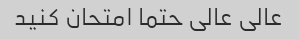
عالی عالی حتما امتحان کنید